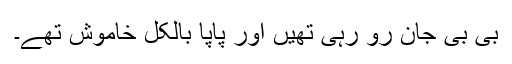
بی بی جان رو رہی تھیں اور پاپا بالکل خاموش تھے۔